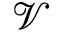
\mathcal { V }